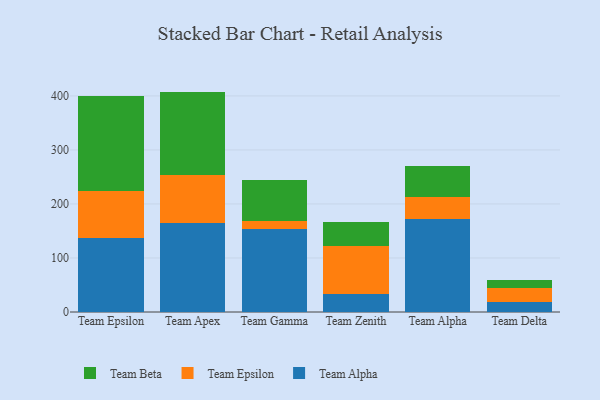
{"axis": {"x": "Team", "y": "Conversion Rate (%)"}, "legend": ["Team Alpha", "Team Beta", "Team Epsilon"], "data": [{"x": "Team Epsilon", "y": 137.6, "type": "Team Alpha"}, {"x": "Team Epsilon", "y": 86.2, "type": "Team Epsilon"}, {"x": "Team Epsilon", "y": 175.6, "type": "Team Beta"}, {"x": "Team Apex", "y": 165.0, "type": "Team Alpha"}, {"x": "Team Apex", "y": 88.1, "type": "Team Epsilon"}, {"x": "Team Apex", "y": 154.9, "type": "Team Beta"}, {"x": "Team Gamma", "y": 153.9, "type": "Team Alpha"}, {"x": "Team Gamma", "y": 15.4, "type": "Team Epsilon"}, {"x": "Team Gamma", "y": 75.7, "type": "Team Beta"}, {"x": "Team Zenith", "y": 33.9, "type": "Team Alpha"}, {"x": "Team Zenith", "y": 87.9, "type": "Team Epsilon"}, {"x": "Team Zenith", "y": 43.9, "type": "Team Beta"}, {"x": "Team Alpha", "y": 172.5, "type": "Team Alpha"}, {"x": "Team Alpha", "y": 39.5, "type": "Team Epsilon"}, {"x": "Team Alpha", "y": 58.1, "type": "Team Beta"}, {"x": "Team Delta", "y": 17.7, "type": "Team Alpha"}, {"x": "Team Delta", "y": 27.4, "type": "Team Epsilon"}, {"x": "Team Delta", "y": 13.5, "type": "Team Beta"}]}